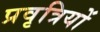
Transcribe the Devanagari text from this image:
प्रवृत्रियों